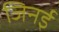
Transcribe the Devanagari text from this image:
जिनई